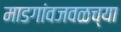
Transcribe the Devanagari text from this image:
माडगांवजवळच्या